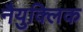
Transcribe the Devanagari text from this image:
नैयुक्लिक